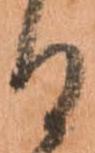
る